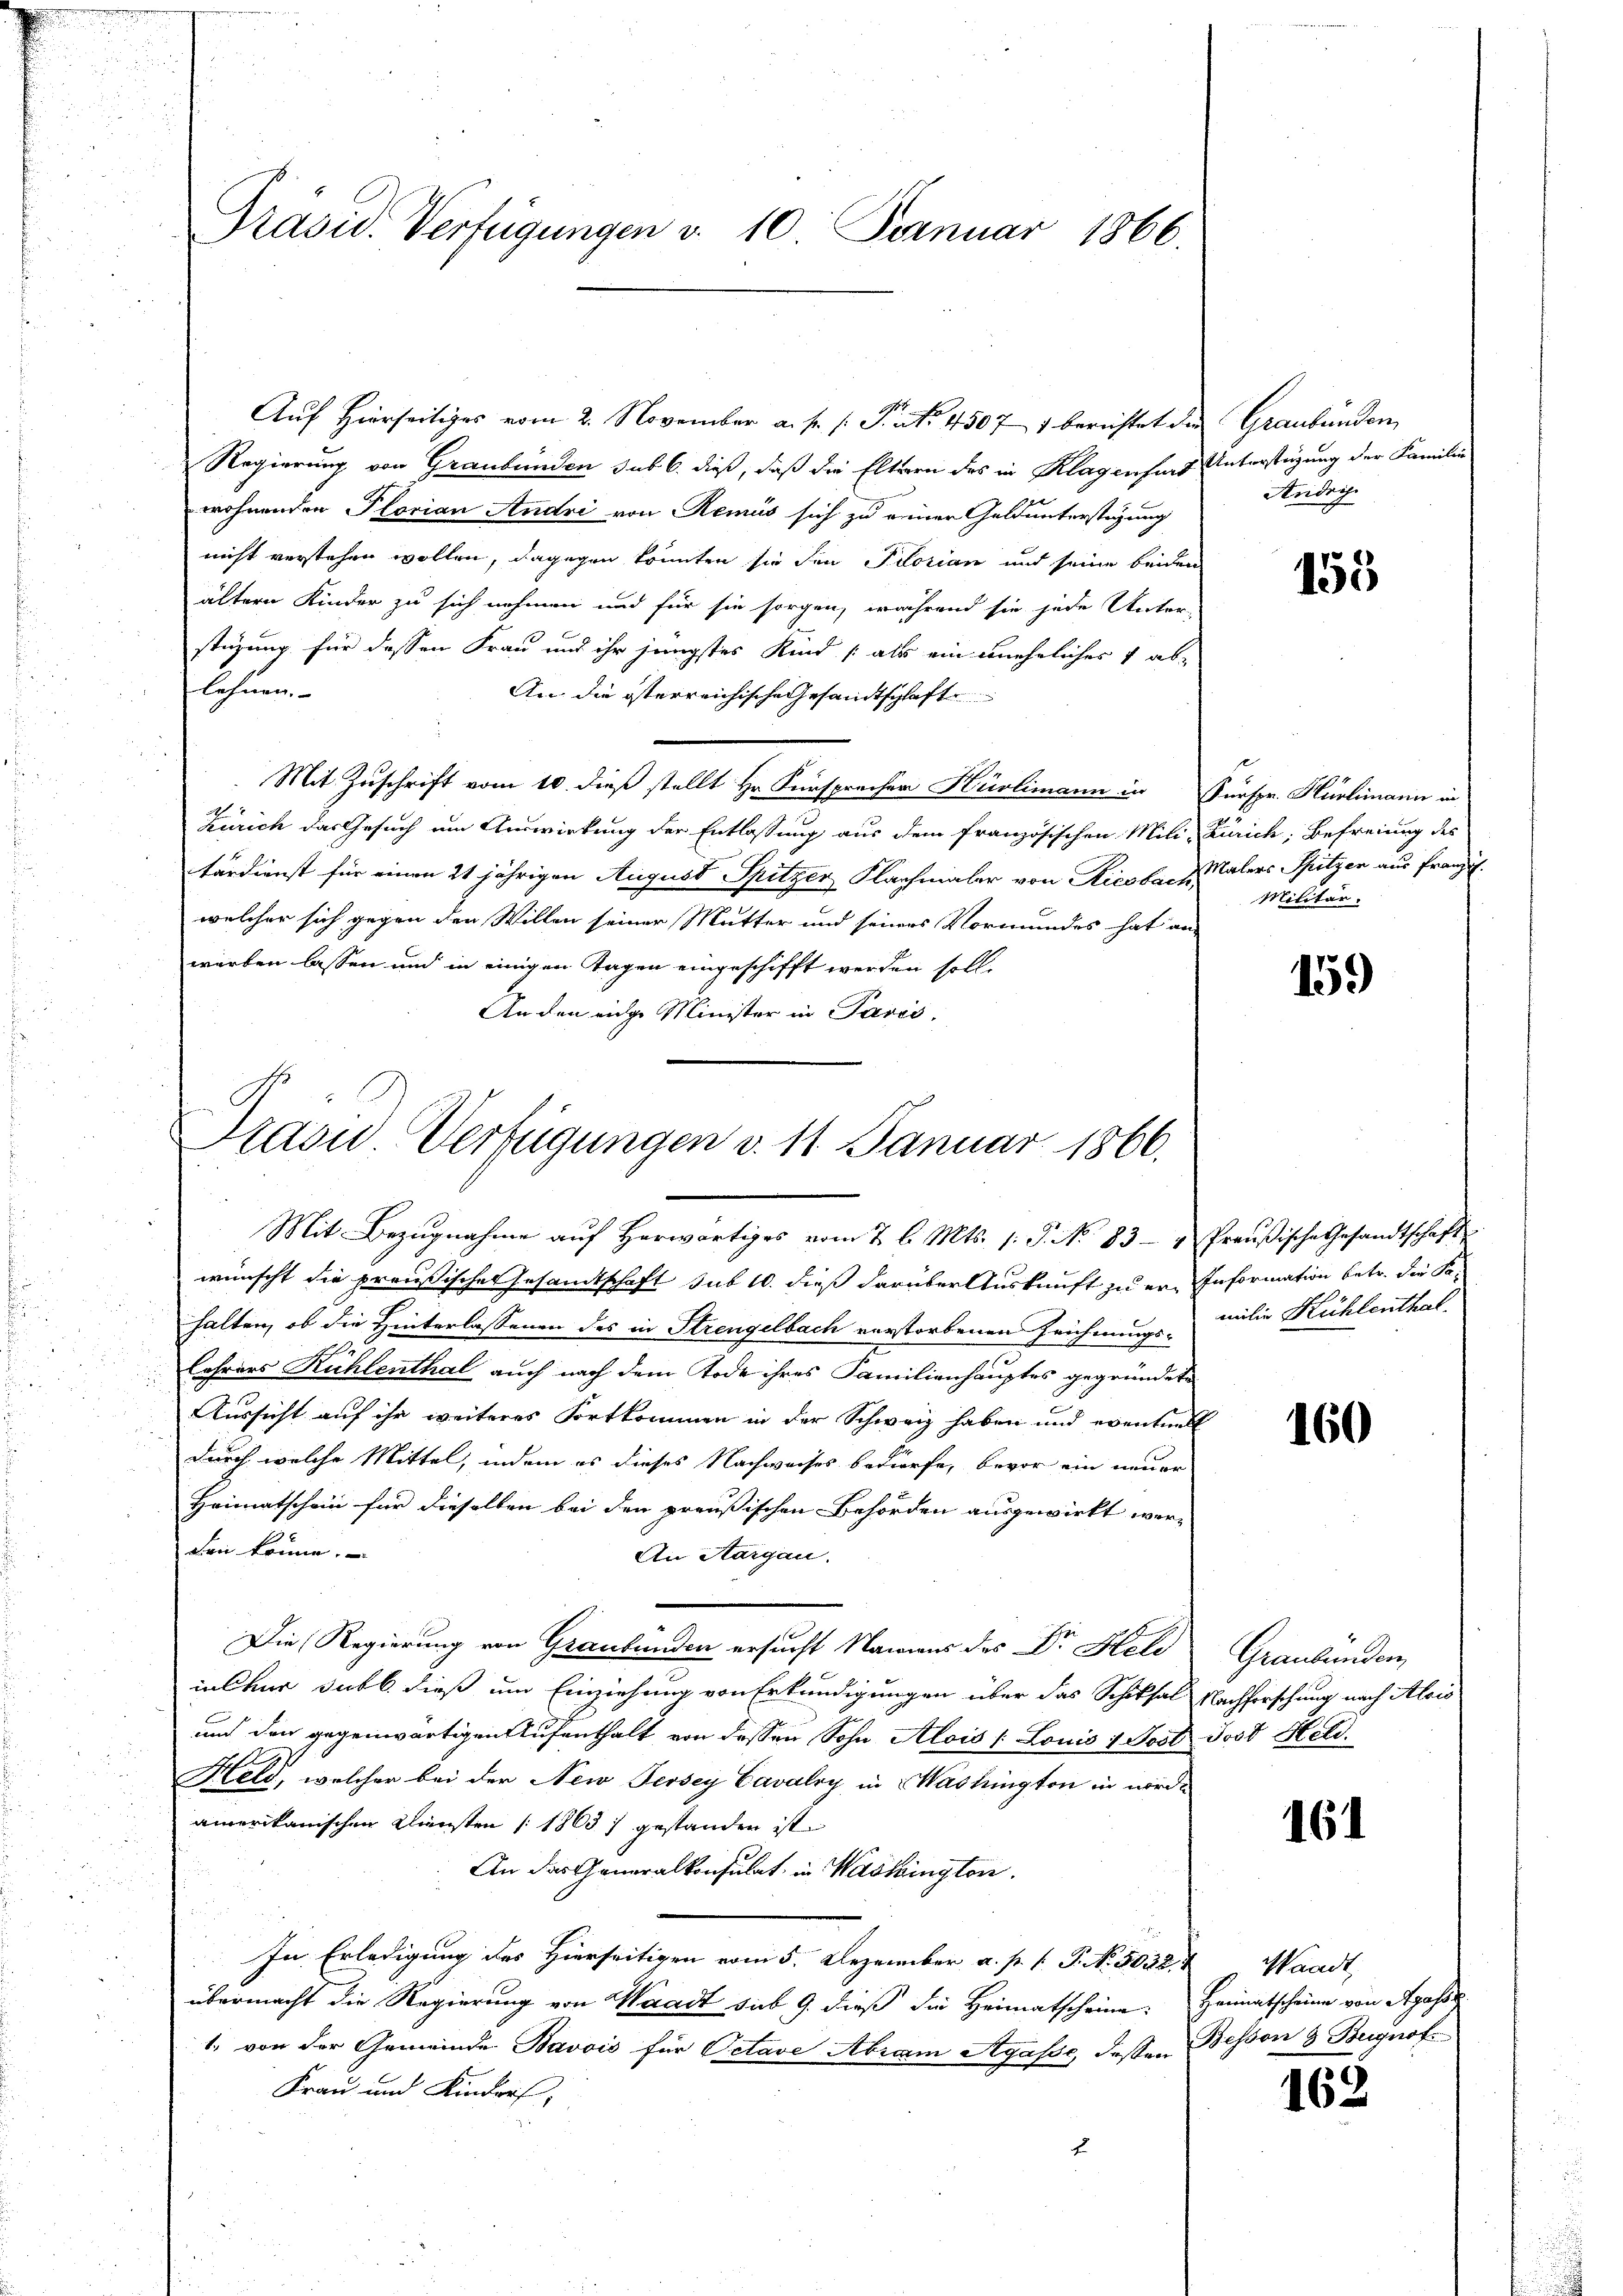
Präsid. Verfügungen v. 10. Januar 1866.

Auf Hierseitiges vom 2. November a. p. s. S. Nr. 45071 berichtet den
Regierung von Graubünden sub 6. dieß, daß die Eltern des in Klagenfurt Unterstüzung der Familie
wohnenden Florian Andri von Remus sich zu einer Geld unterstüzung
nicht verstehen wollen, dagegen könnten sie den Pilorian und seine beiden
ältern Kinder zu sich nehmen und für sie sorgen, während sie jede Unter-
stüzung für dessen Frau und ihr jüngstes Kind (als ein uneheliches 1 ablehnen.
An die österreichische Gesandtschaft
Mit Zuschrift vom 10. dieß stellt Hr. Fürsprecher Hürlimann in Fürspr. Hürlimann in
1
Kurich das Gesuch um Auswirkung der Entlassung aus dem französischen Mili-Zürich, Befreiung des
tärdienst für einen 21 jährigen August Spitzer Flachmaler von Riesbach Malers Spitzen aus franz.
welcher sich gegen den Willen seiner Mutter und seines Vormundes hat an-
werben lassen und in einigen Tagen eingeschifft werden soll.
An den eidge Minister in Paris.

Kasu. Verfügungen v. 11. Januar 1866.

Mit Bezŭgnahme aŭf herwärtiges vom 7 l. Mts. 1. P. No 83- " Preußische Gesandtschaft
wünscht die preußisches Gesandtschaft sub 10. dieß darüber Auskauft zu er-Information betr. die Sahalten, ob die Hinterlassenen des in Strengelbach verstorbenen Zeichnungs milie Kühlenthal
.
Lehrers Kühlenthal auch nach dem Tode ihres Familienhauptes gegründete
Aussicht auf ihr weiteres Fortkommen in der Schweiz haben und eventuell
durch welche Mittel, indem es dieses Nachweises bedürfe, bevor ein neuer
Heimatschein für dieselben bei den preußischen Behörden ausgewirkt wor-
dren könne.
An Sargau.
Die Regierung von Graubünden ersucht Namens des Dr. Held Graubünden
in Chur subb. dieß um Einziehung von Erkundigungen über das Schiksal Nachforschung nach Alois
und den gegenwärtigen Aufenthalt von dessen Sohn Alois / Louis 4 Post Jost Held
Held, welcher bei der New Jersey Cavalry in Washington in nörd-
amerikanischen Kliensten [1863, gestanden ist.
An das Generalkonsulat in Washington
In Erledigung des Hierseitigen vom 5. Dezember a. p. 1. P. Nr. 5032.4 Waadt,
übermacht die Regierung von Waadt sub 9. dieß die Heimatscheine: Heimatscheine von Agasse
1. von der Gemeinde Bavois für Octave Abram Agasse, dessen Bessen & Bugnof
Frau und Kinders,
E

Graubünden
Andris

155

Militär.

159

160

161

162